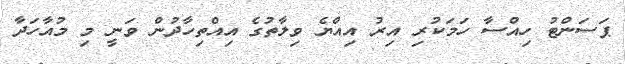
ޕަސަންޓު ހިއްސާ ހަމަކުރި އިރު އިއްޔެ ވިލާތުގެ އިއްތިހާދުން ވަނީ މި މުއާހަދާ